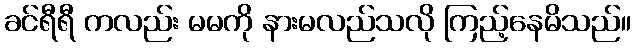
ခင်ရီရီ ကလည်း မမကို နားမလည်သလို ကြည့်နေမိသည်။